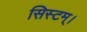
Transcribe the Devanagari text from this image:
सिस्टम्।